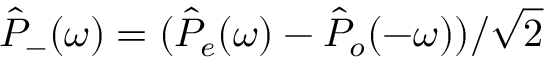
\hat { P } _ { - } ( \omega ) = ( \hat { P } _ { e } ( \omega ) - \hat { P } _ { o } ( - \omega ) ) / \sqrt { 2 }